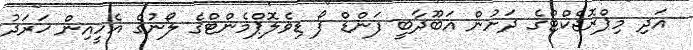
އަދި މިޕްރޮޖެކްޓްގެ ދަށުން އަބޫދާބީ ފަންޑް ފޯ ޑިވެލޮޕްމެންޓްގެ ލޯނުގެ އެހީއިން ޚަރަދު